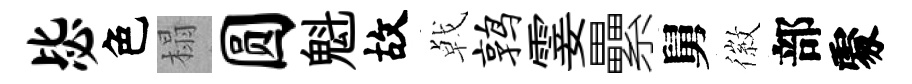
毖色榻圆魁故㦸鹑霎纍舅徽部𠁅